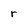
Character: r